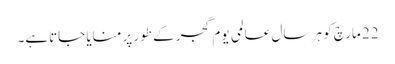
22 مارچ کو ہر سال عالمی یومِ گجر کے طور پر منایا جاتاہے۔